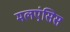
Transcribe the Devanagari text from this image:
मलएंसिस